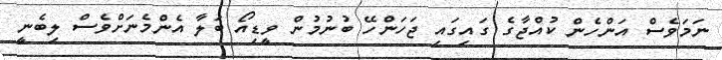
ނަމަވެސް އަންހެން ކުއްޖާގެ ގައިގައި ޖަހަންހޭ ބުނުމުން ވީޑިއޯ ބަލާ އެންމެނަށްވެސް ލިބެނީ